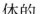
体的